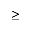
\geq